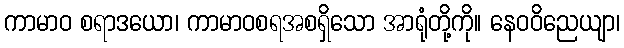
ကာမာဝ စရာဒယော၊ ကာမာဝစရအစရှိသော အာရုံတို့ကို။ နေဝဝိညေယျာ၊